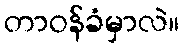
တာဝန်ခံမှာလဲ။